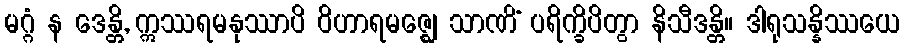
မဂ္ဂံ န ဒေန္တိ, ဣဿရမနုဿာပိ ဝိဟာရမဇ္ဈေ သာဏိံ ပရိက္ခိပိတွာ နိသီဒန္တိ။ ဒါရုသန္နိဿယေ